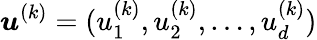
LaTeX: {\boldsymbol{u}}^{(k)}=(u_{1}^{(k)},u_{2}^{(k)},\ldots,u_{d}^{(k)})